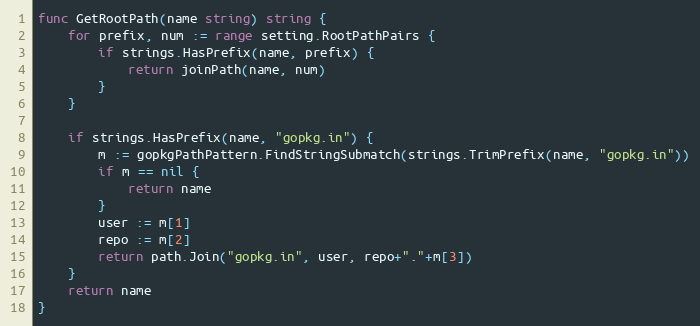
Language: Go
func GetRootPath(name string) string {
	for prefix, num := range setting.RootPathPairs {
		if strings.HasPrefix(name, prefix) {
			return joinPath(name, num)
		}
	}

	if strings.HasPrefix(name, "gopkg.in") {
		m := gopkgPathPattern.FindStringSubmatch(strings.TrimPrefix(name, "gopkg.in"))
		if m == nil {
			return name
		}
		user := m[1]
		repo := m[2]
		return path.Join("gopkg.in", user, repo+"."+m[3])
	}
	return name
}